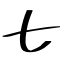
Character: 七